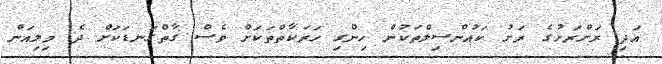
އަދި ރަށްރަށުގެ ރަށު ކައުންސިލްތަކުން ހިންގި ހަރަކާތްތަކަށް ވެސް ގާތްގަނޑަކަށް ދެ މިލިއަން